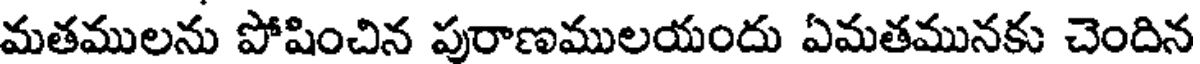
మతములను పోషించిన పురాణములయందు ఏమతమునకు చెందిన